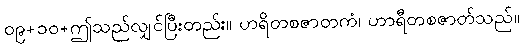
၀၉+၁၀+ဤသည်လျှင်ပြီးတည်း။ ဟရိတစဇာတကံ၊ ဟာရီတစဇာတ်သည်။